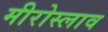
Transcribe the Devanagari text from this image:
मीरोस्लाव